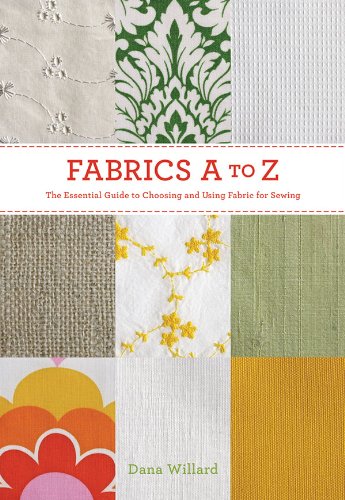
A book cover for Fabrics A-to-Z: The Essential Guide to Choosing and Using Fabric for Sewing; Dana Willard; Arts & Photography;